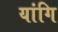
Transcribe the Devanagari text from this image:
यांगि